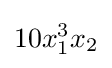
10x_{1}^{3}x_{2}